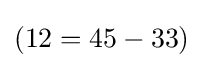
(12=45-33)